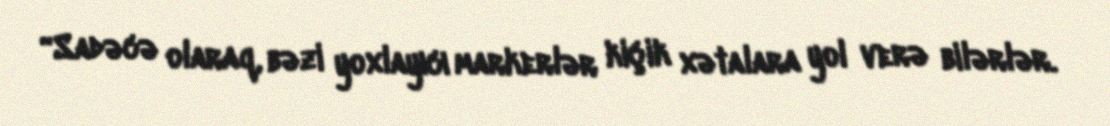
“Sadəcə olaraq, bəzi yoxlayıcı markerlər kiçik xətalara yol verə bilərlər.